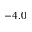
- 4 . 0